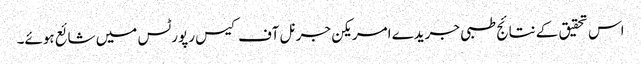
اس تحقیق کے نتائج طبی جریدے امریکن جرنل آف کیس رپورٹس میں شائع ہوئے۔